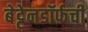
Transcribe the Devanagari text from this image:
बेट्टेनडॉर्फची